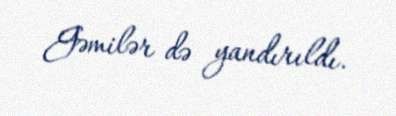
Gəmilər də yandırıldı.